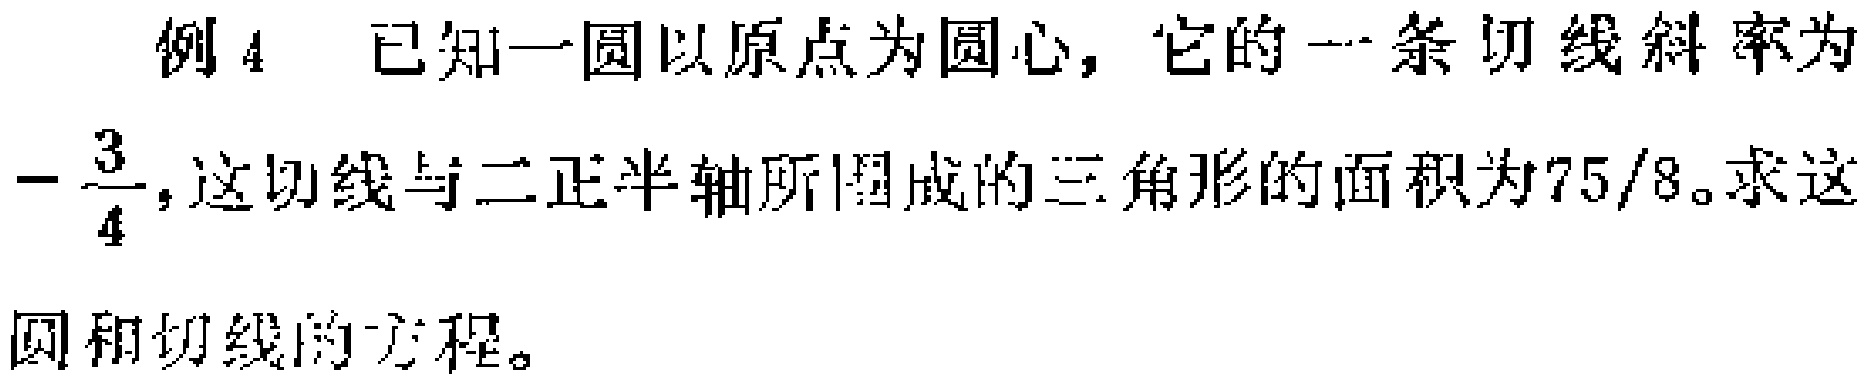
例 4 已知一圆以原点为圆心，它的一条切线斜率为$-\frac{3}{4}$，这切线与二正半轴所围成的三角形的面积为$75/8$。求这圆和切线的方程。